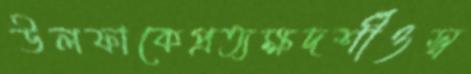
উলফাকেপ্রত্যক্ষদর্শীওস্ব